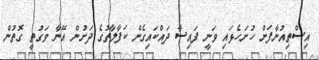
އިސްތިއުނާފަށް ހުށަހެޅައި ވަނީ ފައިސާ ދައްކައިގެން ކަފާލާތުގެ ދަށުން އޭނާ ވަގުތީ ގޮތުން